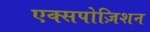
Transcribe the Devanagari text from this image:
एक्सपोज़िशन